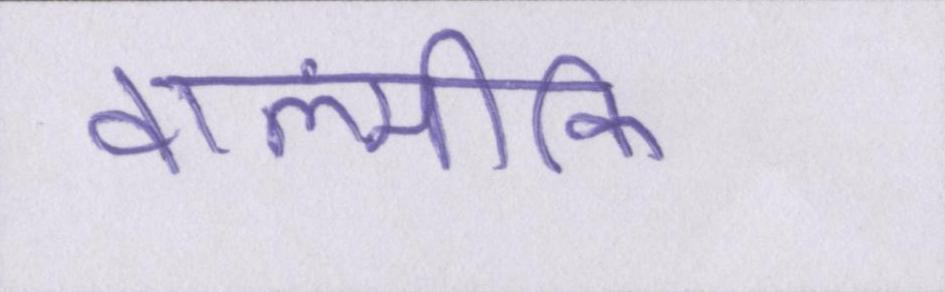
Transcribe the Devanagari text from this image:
वाल्मीकि